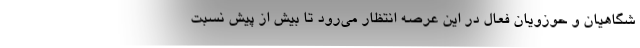
شگاهیان و حوزویان فعال در این عرصه انتظار می‌رود تا بیش از پیش نسبت